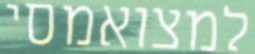
למצואמסי